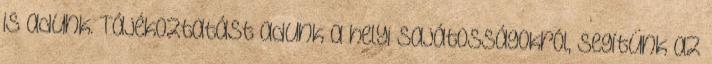
is adunk. Tájékoztatást adunk a helyi sajátosságokról, segítünk az